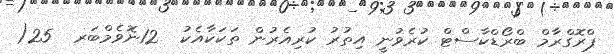
ޕްރޮގްރާމް ބްރޯޑްކާސްޓް ކުރެވުނީ އިތުރު ކުރިއެރުން ތަކަކާއެކު  12ނޮވެމްބަރ  25(